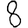
Digit: 8